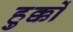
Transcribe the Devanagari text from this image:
हुक्कों